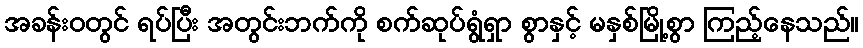
အခန်းဝတွင် ရပ်ပြီး အတွင်းဘက်ကို စက်ဆုပ်ရွံရှာ စွာနှင့် မနှစ်မြို့စွာ ကြည့်နေသည်။